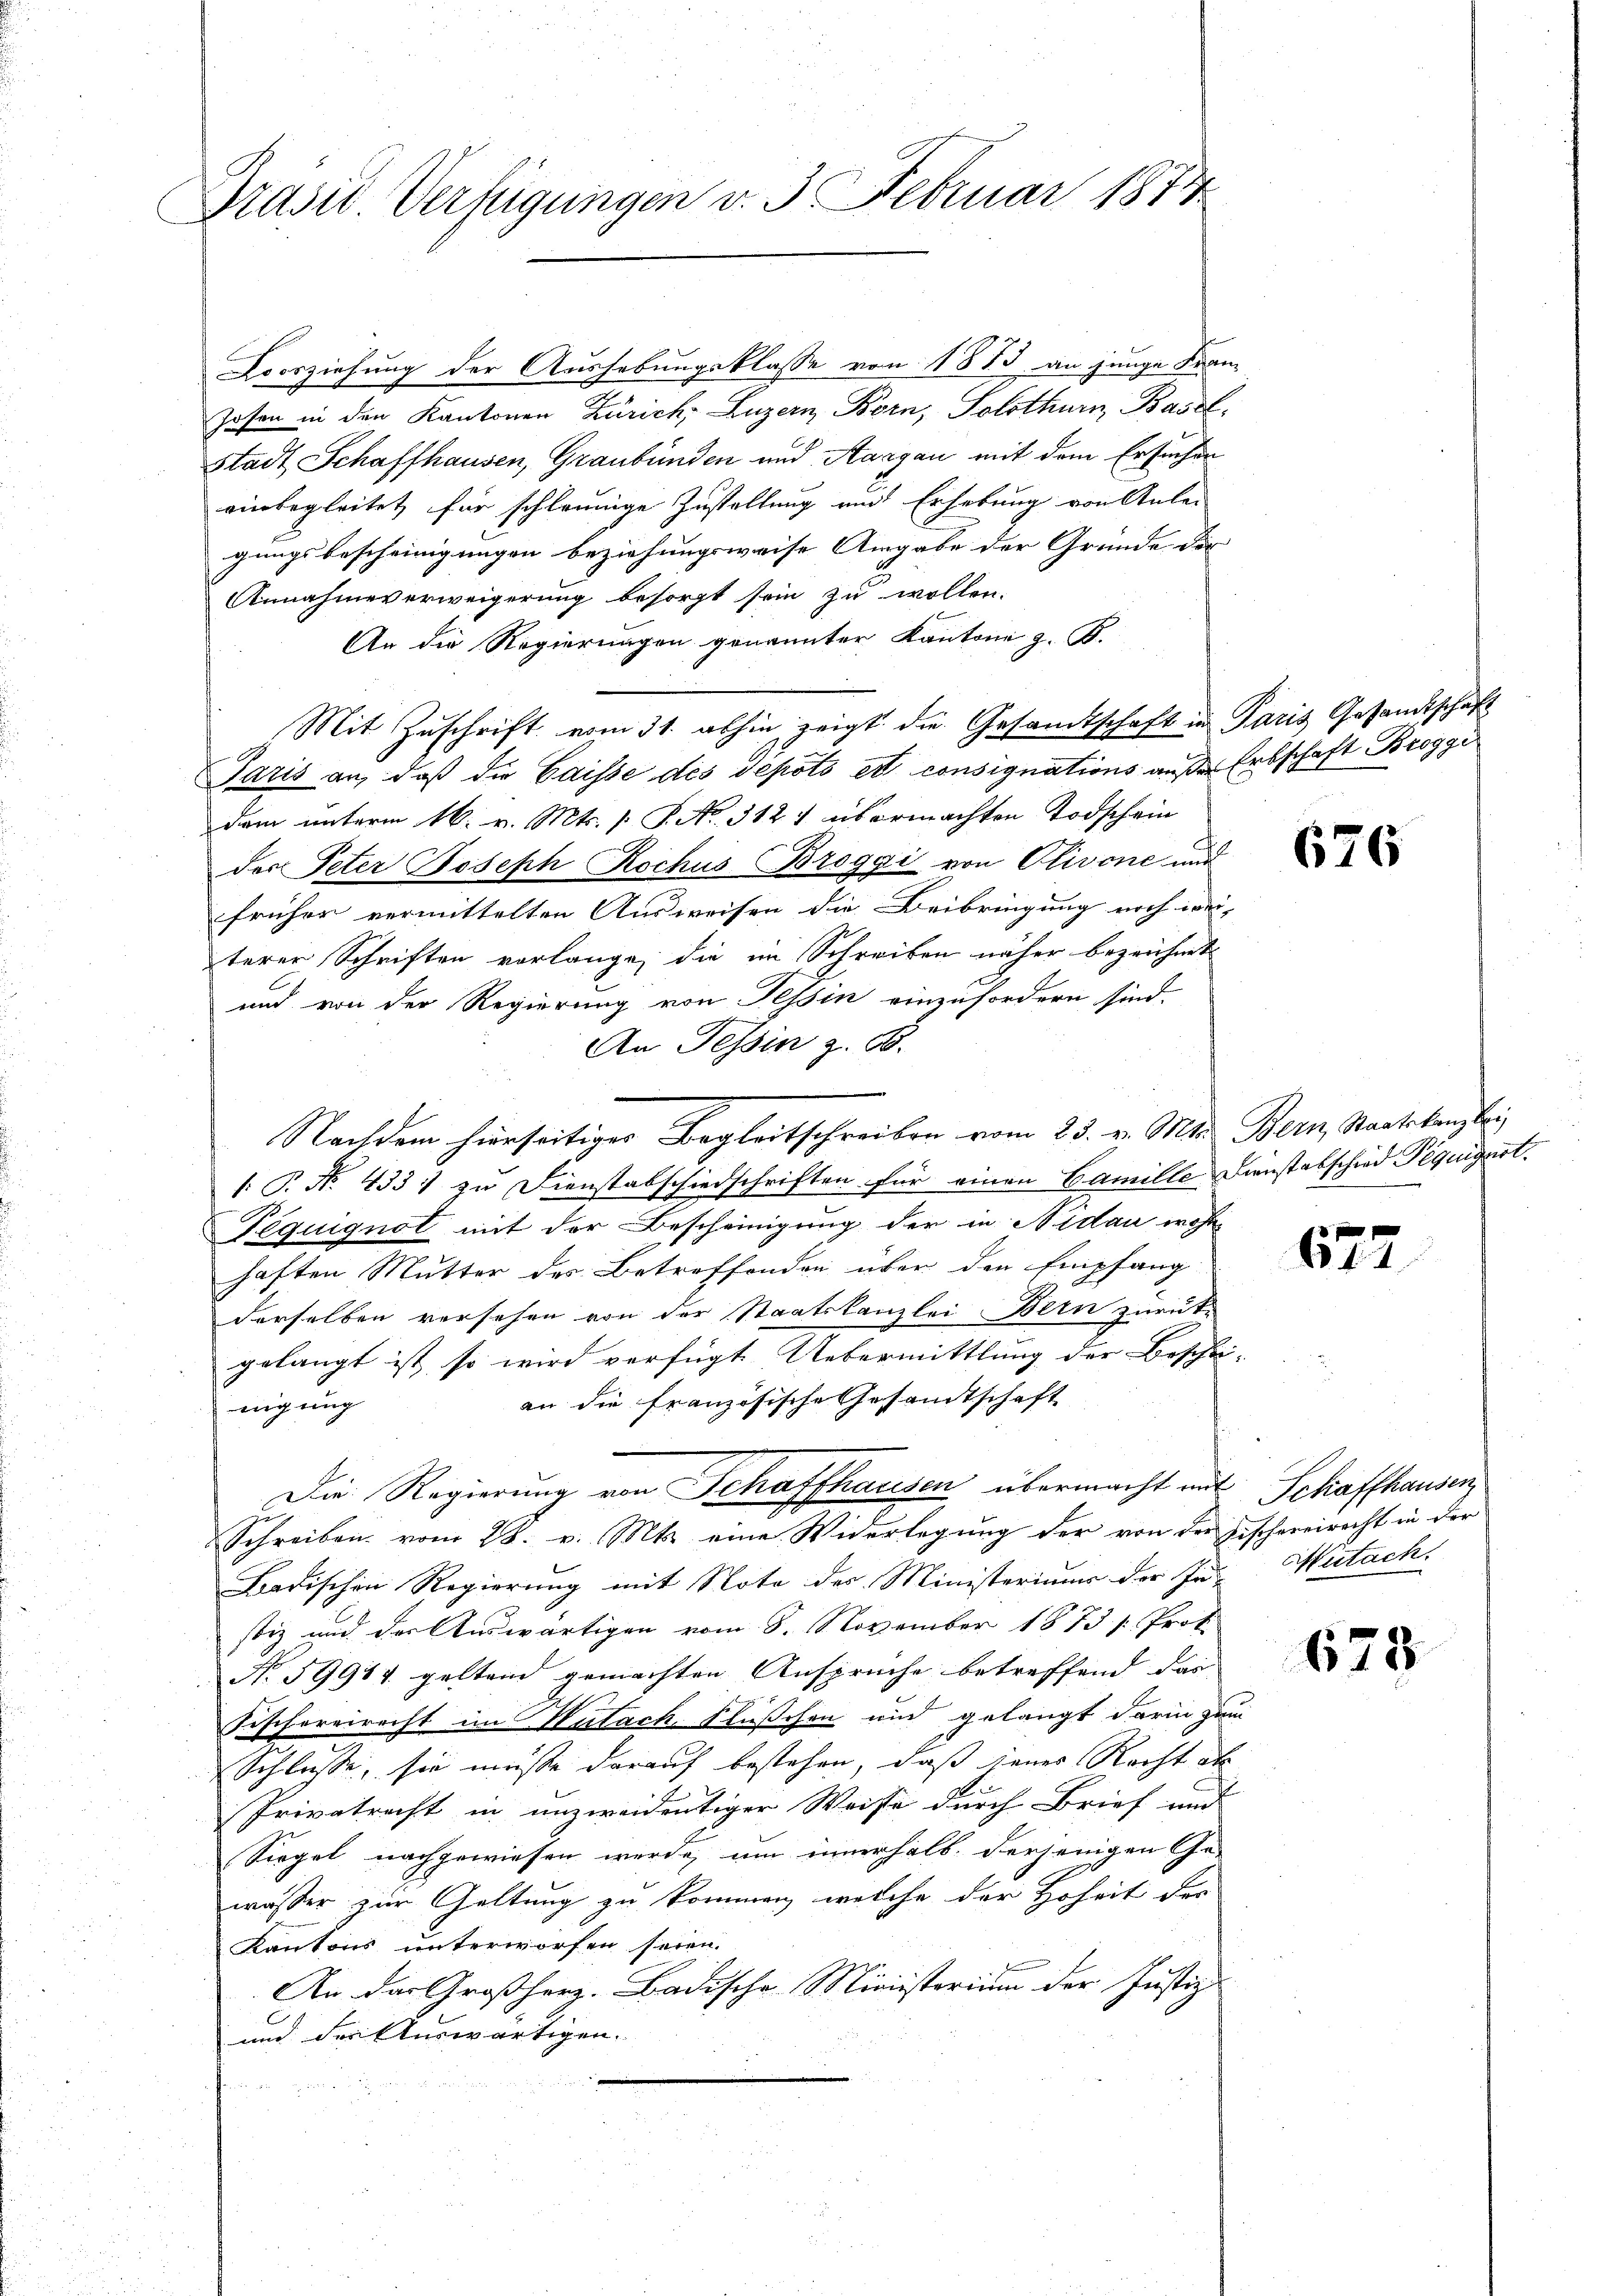
Präsid. Verfügungen v. 3. Februar 1874

Coosziehung der Aushebungsklasse von 1873 an junge Fran
Josen in den Kantonen Zürich, Luzern Born, Solothurn, Basel
Stadt Schaffhausen, Graubünden und Aargau mit dem Ersuchen
einbegleitet für schleunige Zustellung aus Erhebung von Anlei
gungsbescheinigungen beziehungsweise Angabe der Gründe der |
Annahmeverweigerung besorgt sein zu wollen.
An die Regierungen genannter Kantone z. B.
Mit Zuschrift vom 31. abhin zeigt die Gesandtschaft in Paris Gesandtschaft
Paris an, daß die Caisse des depots et consignations außer Erbschaft Broggi
dam unterm 16. v. Mts. s. S. No. 312 1 übermachten Todschein
der Peter Joseph Rochus Broggi von Olivone und
früher vermittelten Ausweisen die Beibringung noch wei- |
terer Schriften vorlange, die im Schreiben näher bezeichnet
und von der Regierung von Tessin einzufordern sind.
An Tessin z. B.
 P. No. 4331 zu Dienstabschiedschriften für einen Camille Dienstabschied Péquigart.
Téguignot mit der Bescheinigung der in Nidau wohn
haften Mutter des Betreffenden über den Empfang
derselben versehen von der Staatskanzlei Bern zurück-
gelangt ist, so wird verfügt Uebermittlung der Beschei- |
an die französische Gesandtschaft
nigung
Die Regierung von Schaffhausen übermacht mit Schaffhausen,
Schreiben vom 28. v. Mts. eine Widerlegung der von der Fischereirecht in der
Badischen Regierung mit Note des Ministeriums der In- Mutach
stiz und der Auswärtigen vom 8. November 1873 /: Prof.
N. 59917 geltend gemachten Ansprüche betreffend das
Fischereirecht im Wutach, Flüßchen und gelangt darin zum
Schlüsse, sie müsse darauf bestehen, daß jenes Recht als
Privatrecht in unzweidentiger Weise durch Brief und
Siegel nachgewiesen werde, um innerhalb derjenigen Ge-
wasser zur Geltung zu kommen, welche der Hoheit der
Kantons unterworfen seien.
An der Großherz. Badische Ministerium der Justiz-
und deraturwärtigen.

Nachdem hierseitiger Begleitschreiben vom 25. v. Mts. Bern Staatskanzlei

676

672

678